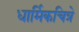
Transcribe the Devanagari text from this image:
धार्मिकचित्रे